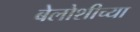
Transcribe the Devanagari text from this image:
बेलोशीच्या